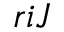
r i J